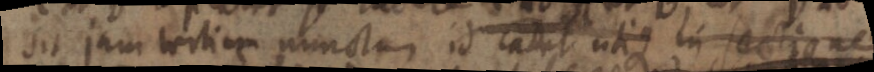
sit jam tertiam punctum id cadet utique in sectione